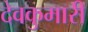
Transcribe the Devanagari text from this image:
देवकुमारी